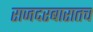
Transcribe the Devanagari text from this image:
राजदरबारातच